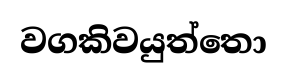
වගකිවයුත්තො